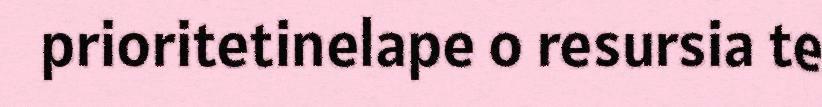
prioritetinelape o resursia te